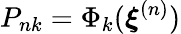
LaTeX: P_{nk}=\Phi_{k}({\boldsymbol{\xi}}^{(n)})